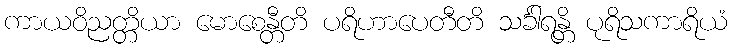
ကာယဝိညတ္တိယာ မောစေန္တီတိ ပရိဟာပေတီတိ သင်္ခါရန္တိ ပုရိသကာရိယံ